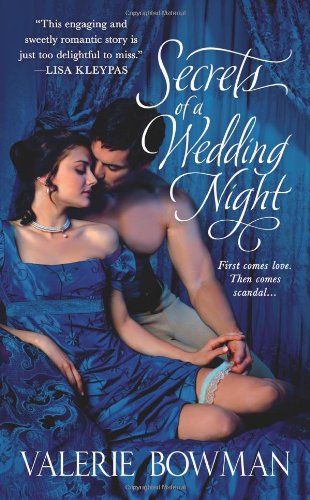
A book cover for Secrets of a Wedding Night (Secret Brides Volume 1); Valerie Bowman; Literature & Fiction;